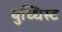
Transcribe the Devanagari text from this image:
बुध्धिस्ट